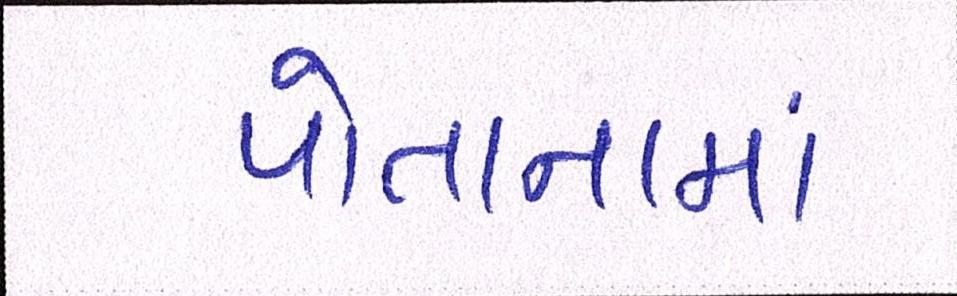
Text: પોતાનામાં